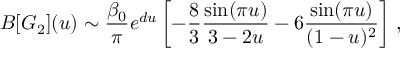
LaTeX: B [ G _ { 2 } ] ( u ) \sim { \frac { \beta _ { 0 } } { \pi } } e ^ { d u } \left[ - { \frac { 8 } { 3 } } { \frac { \sin ( \pi u ) } { 3 - 2 u } } - 6 { \frac { \sin ( \pi u ) } { ( 1 - u ) ^ { 2 } } } \right] \, ,